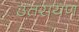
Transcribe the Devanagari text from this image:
उतरायण